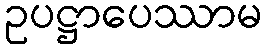
ဥပဋ္ဌာပေဿာမ